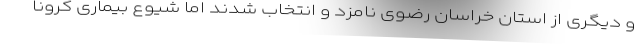
و دیگری از استان خراسان رضوی نامزد و انتخاب شدند اما شیوع بیماری کرونا